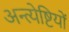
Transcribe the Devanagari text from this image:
अन्त्येष्टियों